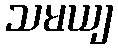
သမယျ